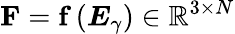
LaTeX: \mathbf{F}=\mathbf{f}\left(\boldsymbol{E}_{\gamma}\right)\in\mathbb{R}^{3\times N}